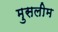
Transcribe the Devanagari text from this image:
मुसलीम